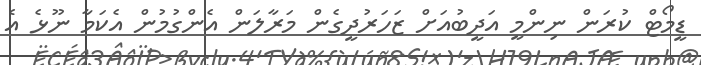
ޑީމޯޓް ކުރަން ނިންމީ އަދީބުއަށް ޒަހަރުދީގެން މަރާލަން އެންގުމުން އެކަމާ ނޫޅެ އެ